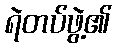
ရဲတပ်ဖွဲ့၏